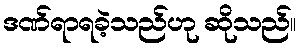
ဒဏ်ရာရခဲ့သည်ဟု ဆိုသည်။